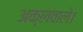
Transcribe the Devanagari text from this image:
अक्लवाले।